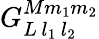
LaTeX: G_{L\, l_{1}\, l_{2}}^{Mm_{1}m_{2}}